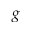
g